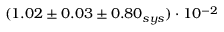
( 1 . 0 2 \pm 0 . 0 3 \pm 0 . 8 0 _ { s y s } ) \cdot 1 0 ^ { - 2 }